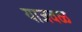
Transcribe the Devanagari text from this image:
याजवळ